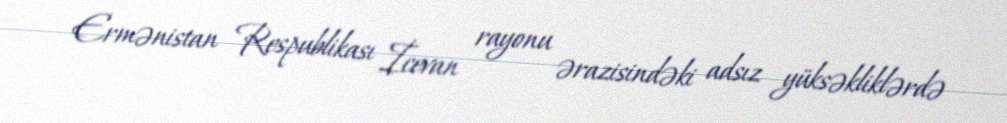
Ermənistan Respublikası İcevan rayonu ərazisindəki adsız yüksəkliklərdə